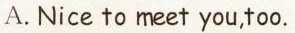
A. Nice to meet you,too.